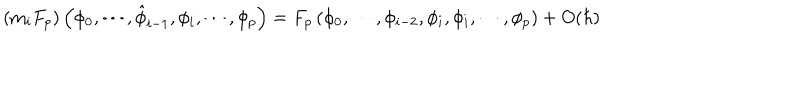
\left( \mathrm { m } _ { i } F _ { p } \right) \left( \phi _ { 0 } , \cdots , \hat { \phi } _ { i - 1 } , \phi _ { i } , \cdots , \phi _ { p } \right) = F _ { p } \left( \phi _ { 0 } , \cdots , \phi _ { i - 2 } , \phi _ { i } , \phi _ { i } , \cdots , \phi _ { p } \right) + O ( \hbar )